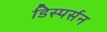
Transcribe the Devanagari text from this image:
डिस्पर्सन